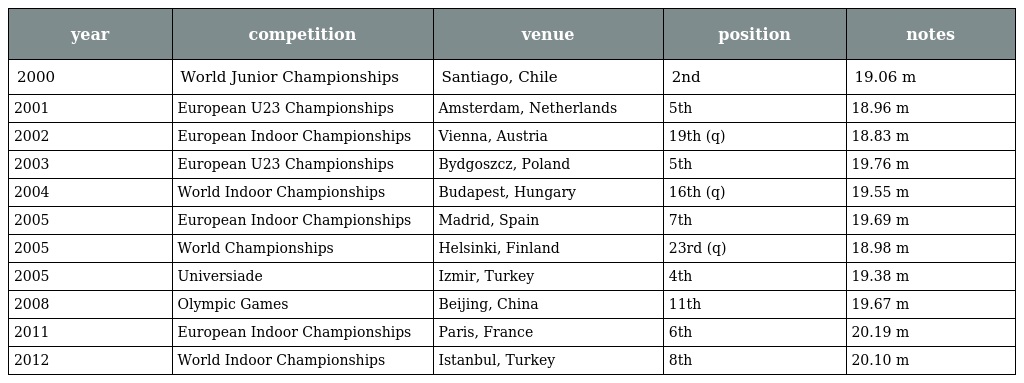
| year | competition | venue | position | notes |
 | --- | --- | --- | --- | --- |
 | 2000 | World Junior Championships | Santiago, Chile | 2nd | 19.06 m |
 | 2001 | European U23 Championships | Amsterdam, Netherlands | 5th | 18.96 m |
 | 2002 | European Indoor Championships | Vienna, Austria | 19th (q) | 18.83 m |
 | 2003 | European U23 Championships | Bydgoszcz, Poland | 5th | 19.76 m |
 | 2004 | World Indoor Championships | Budapest, Hungary | 16th (q) | 19.55 m |
 | 2005 | European Indoor Championships | Madrid, Spain | 7th | 19.69 m |
 | 2005 | World Championships | Helsinki, Finland | 23rd (q) | 18.98 m |
 | 2005 | Universiade | Izmir, Turkey | 4th | 19.38 m |
 | 2008 | Olympic Games | Beijing, China | 11th | 19.67 m |
 | 2011 | European Indoor Championships | Paris, France | 6th | 20.19 m |
 | 2012 | World Indoor Championships | Istanbul, Turkey | 8th | 20.10 m |